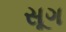
સૂગ